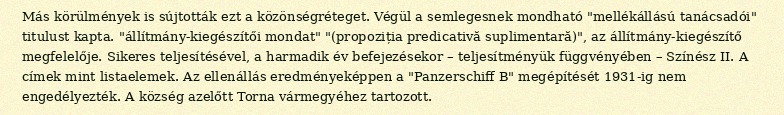
Más körülmények is sújtották ezt a közönségréteget. Végül a semlegesnek mondható "mellékállású tanácsadói" titulust kapta. "állítmány-kiegészítői mondat" "(propoziția predicativă suplimentară)", az állítmány-kiegészítő megfelelője. Sikeres teljesítésével, a harmadik év befejezésekor – teljesítményük függvényében – Színész II. A címek mint listaelemek. Az ellenállás eredményeképpen a "Panzerschiff B" megépítését 1931-ig nem engedélyezték. A község azelőtt Torna vármegyéhez tartozott.